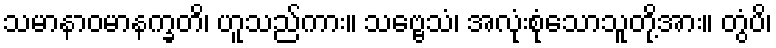
သမာနာဝမာနက္ခတိ၊ ဟူသည်ကား။ သဗ္ဗေသံ၊ အလုံးစုံသောသူတို့အား။ တွံပိ၊